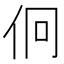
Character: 𠇶